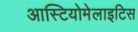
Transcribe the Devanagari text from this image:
आस्टियोमेलाइटिस